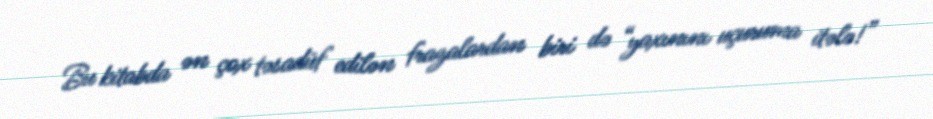
Bu kitabda ən çox təsadüf edilən frazalardan biri də “yaxınını uçuruma itələ!”